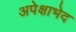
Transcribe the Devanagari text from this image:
अपेक्षाभेद